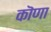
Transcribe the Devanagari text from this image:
कॊणा